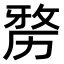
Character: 𠢐